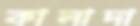
কালাদা